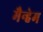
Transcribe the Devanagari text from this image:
मैन्हेम